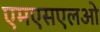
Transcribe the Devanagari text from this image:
एमएसएलओ